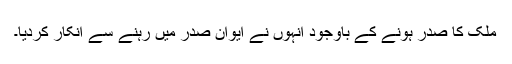
ملک کا صدر ہونے کے باوجود انہوں نے ایوانِ صدر میں رہنے سے انکار کردیا۔